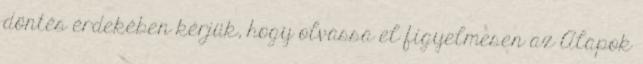
döntés érdekében kérjük, hogy olvassa el figyelmesen az Alapok